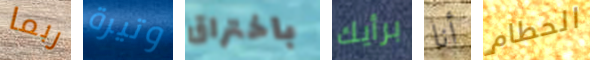
ربما وتيرة باختراق برأيك أنا الحطام